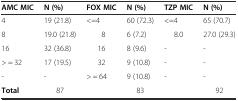
| AMC MIC | N (%) | FOX MIC | N (%) | TZP MIC | N (%) |
 | --- | --- | --- | --- | --- | --- |
 | 4 | 19 (21.8) | <=4 | 60 (72.3) | <=4 | 65 (70.7) |
 | 8 | 19.0 (21.8) | 8 | 6 (7.2) | 8.0 | 27.0 (29.3) |
 | 16 | 32 (36.8) | 16 | 8 (9.6) | - | - |
 | > = 32 | 17 (19.5) | 32 | 9 (10.8) | - | - |
 | - | - | > = 64 | 9 (10.8) | - | - |
 | Total | 87 |  | 83 |  | 92 |